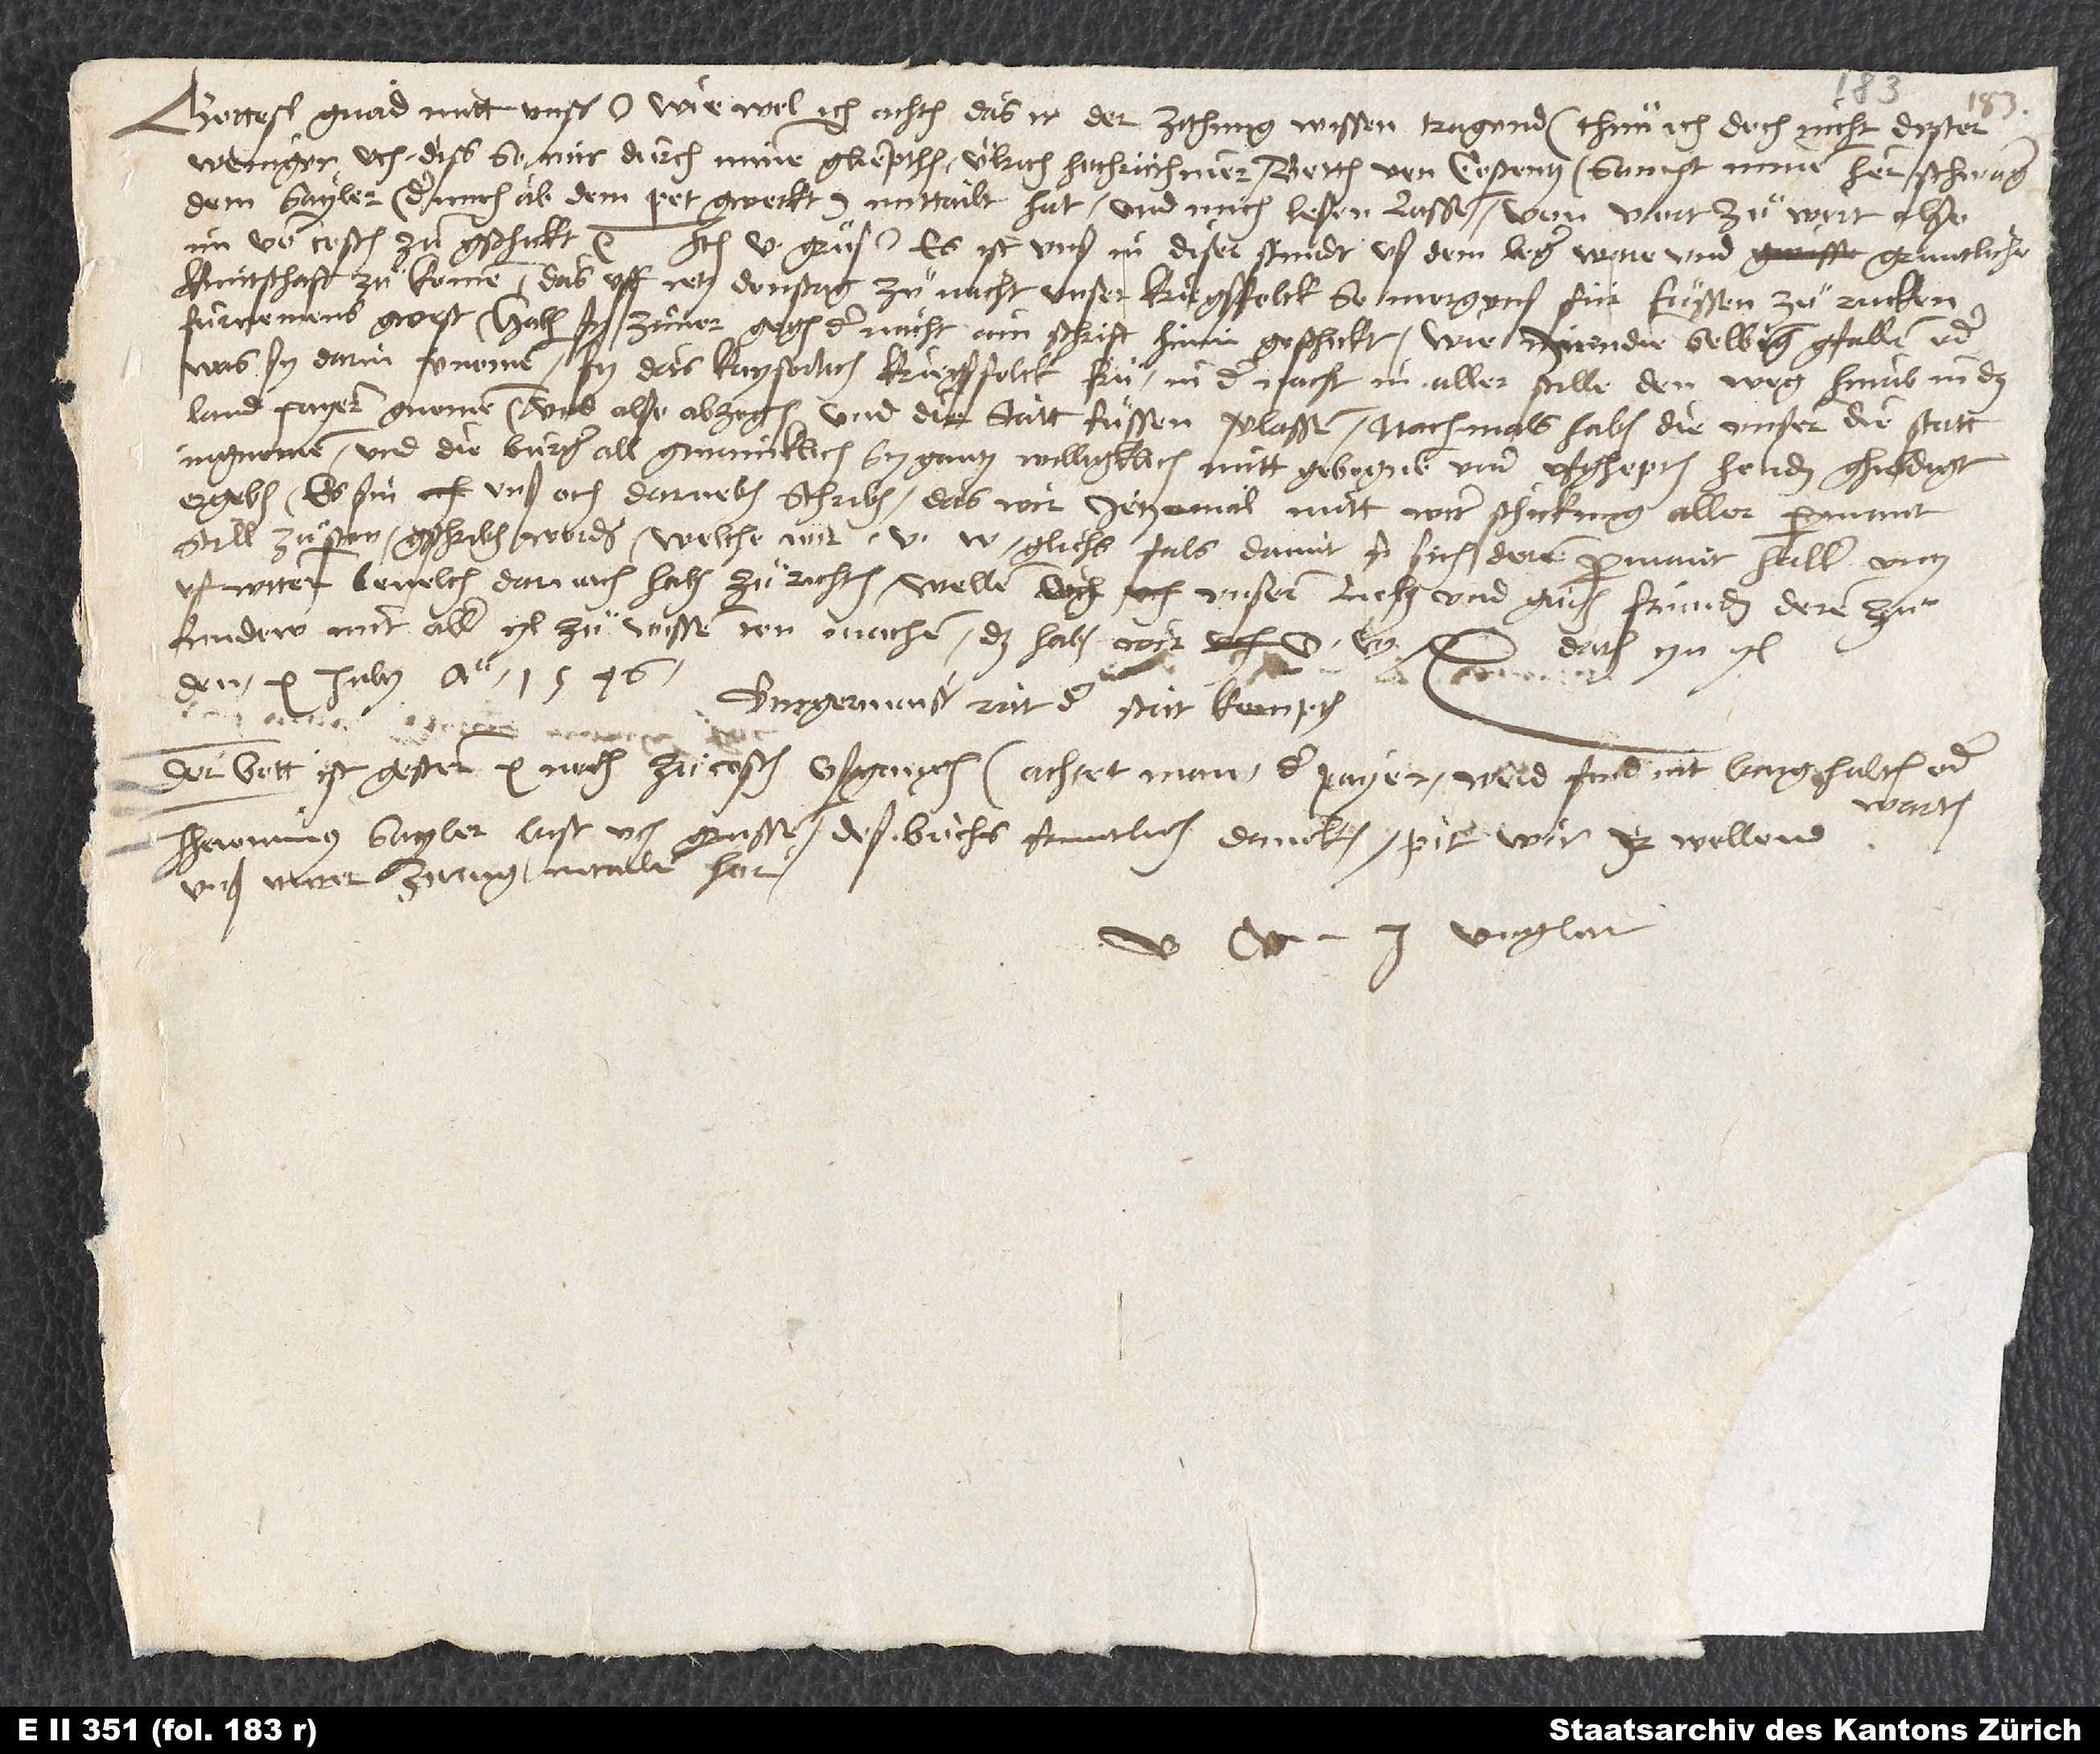
Gotteß gnad mitt unß. Wiewol ich achten, das ir der zithung wissen tragend, thuͦn ich doch nicht dester
weniger uch diß, so mir durch minen geliepthen Ulrich Hochruthiner, botten von Costentz, sampt minem hern schwager,
dem Sayler, der mich ab dem pet gweckt, mittailt hat und mich lesen lassen, von wort zuͦ wort also
uf witern bevelch darnach haben zuͦ richten. Wellen ouch unsern lieben und guten frunden, deren zuͦ
Lindow, mit aller yl zuͦ wissen ton machen. Das haben wir u.w.,
Datum yn yl,
Der bott ist gestern 10 noch zuͦ Costentz ußgangen. Achtet man, der Payer werd frid nit lang halten oder
warten.
Jheronimus Sayler last uch grussen, deß buchs fruntlich dancken. Pit wir, ir wellend